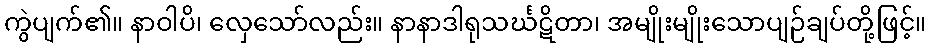
ကွဲပျက်၏။ နာဝါပိ၊ လှေသော်လည်း။ နာနာဒါရုသင်္ဃဋိတာ၊ အမျိုးမျိုးသောပျဉ်ချပ်တို့ဖြင့်။